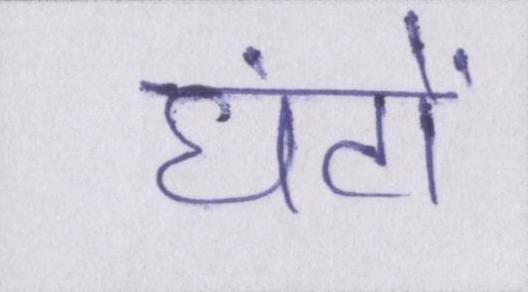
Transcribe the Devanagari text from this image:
घंटों